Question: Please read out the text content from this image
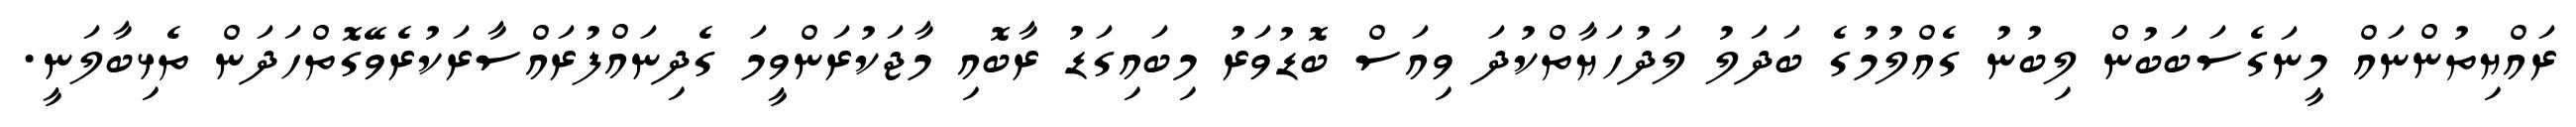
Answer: ރައްޔިތުންނައް މީނަގެސަބަބުން ލިބުނު ގެއްލުމުގެ ބަދަލު ލަދުހަޔާތްކުދަ ވިއަސް ބޮޑުވަރު މިބައިގަޑު ރާބޮއި މާޖަކުރަންވީމަ ގެދިނައްފުރައްސާރަކުރެވޭގޮތްހަދަން ތެޅިބާލަނީ.